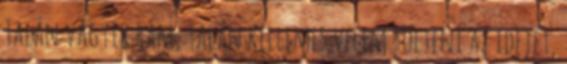
Talán vágyik rám, talán kellemes velem tölteni az idejét,